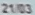
21/03